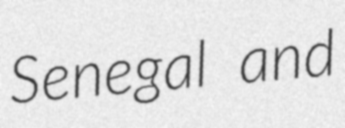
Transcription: Senegal and